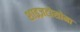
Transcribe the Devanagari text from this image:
शाइज़टोसोमा